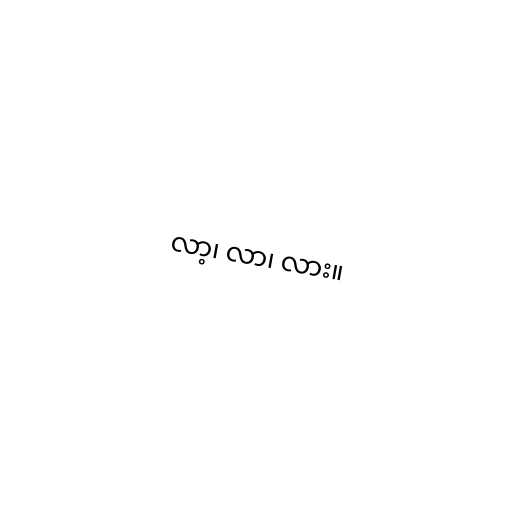
လာ့၊ လာ၊ လား။